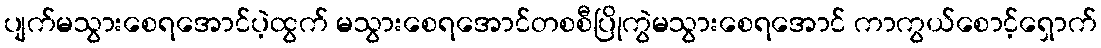
ပျက်မသွားစေရအောင်ပဲ့ထွက် မသွားစေရအောင်တစစီပြိုကွဲမသွားစေရအောင် ကာကွယ်စောင့်ရှောက်